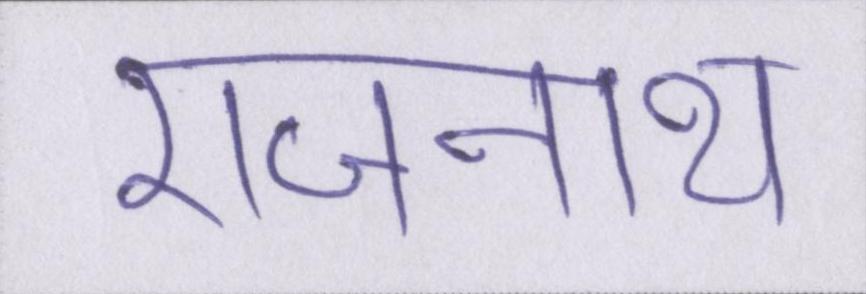
राजनाथ